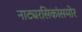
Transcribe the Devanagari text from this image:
नाट्यरसिकांसमोर